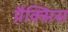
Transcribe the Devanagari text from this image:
प्रैक्सिस